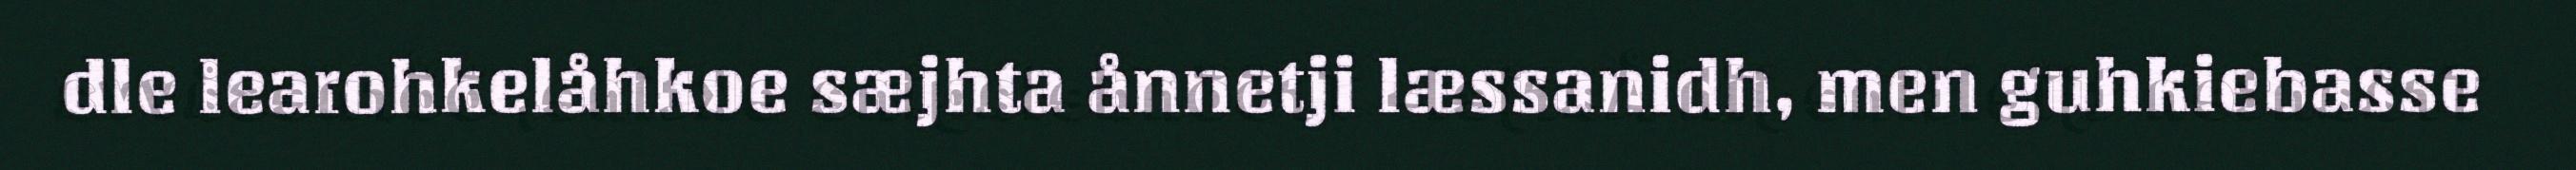
dle learohkelåhkoe sæjhta ånnetji læssanidh, men guhkiebasse